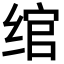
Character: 绾